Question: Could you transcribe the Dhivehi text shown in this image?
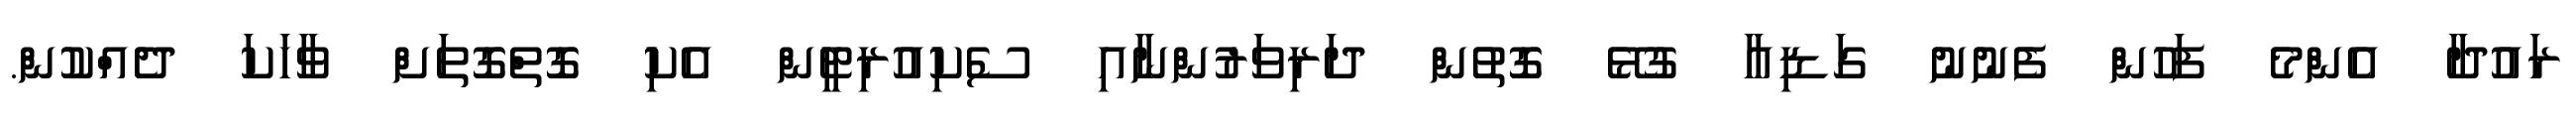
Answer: ރައުދާ އެންމެ ފަހުން ފެނުނު ގަޑިއާ ގުޅޭ ގޮތުން ދަރިވަރުންނާއި ސެކިއުރިޓީން އެކި ގޮތްގޮތަށް ވާހަކަ ދެއްކުން.